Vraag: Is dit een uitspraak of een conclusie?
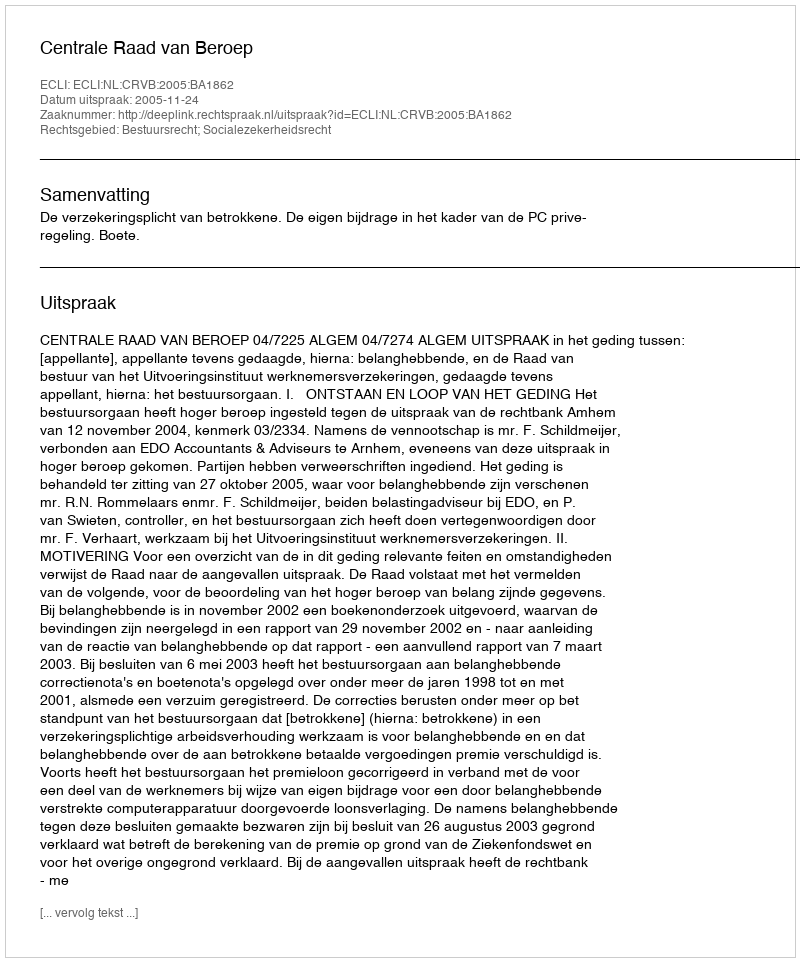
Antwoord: Uitspraak